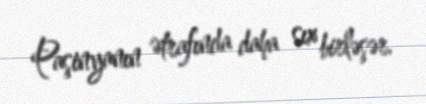
Paşinyanın ətrafında daha sıx birləşər.